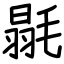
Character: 毾